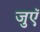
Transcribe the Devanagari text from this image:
जुएॅ